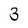
Character: 3